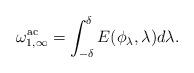
LaTeX: \begin{align*}\omega_{1,\infty}^\mathrm{ac} =\int_{-\delta}^\delta E(\phi_\lambda,\lambda) d\lambda.\end{align*}